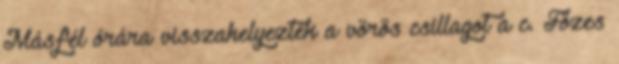
Másfél órára visszahelyezték a vörös csillagot a c. Fözes